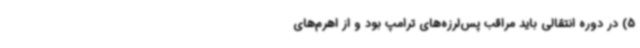
5) در دوره انتقالی باید مراقب پس‌لرزه‌های ترامپ بود و از اهرم‌های